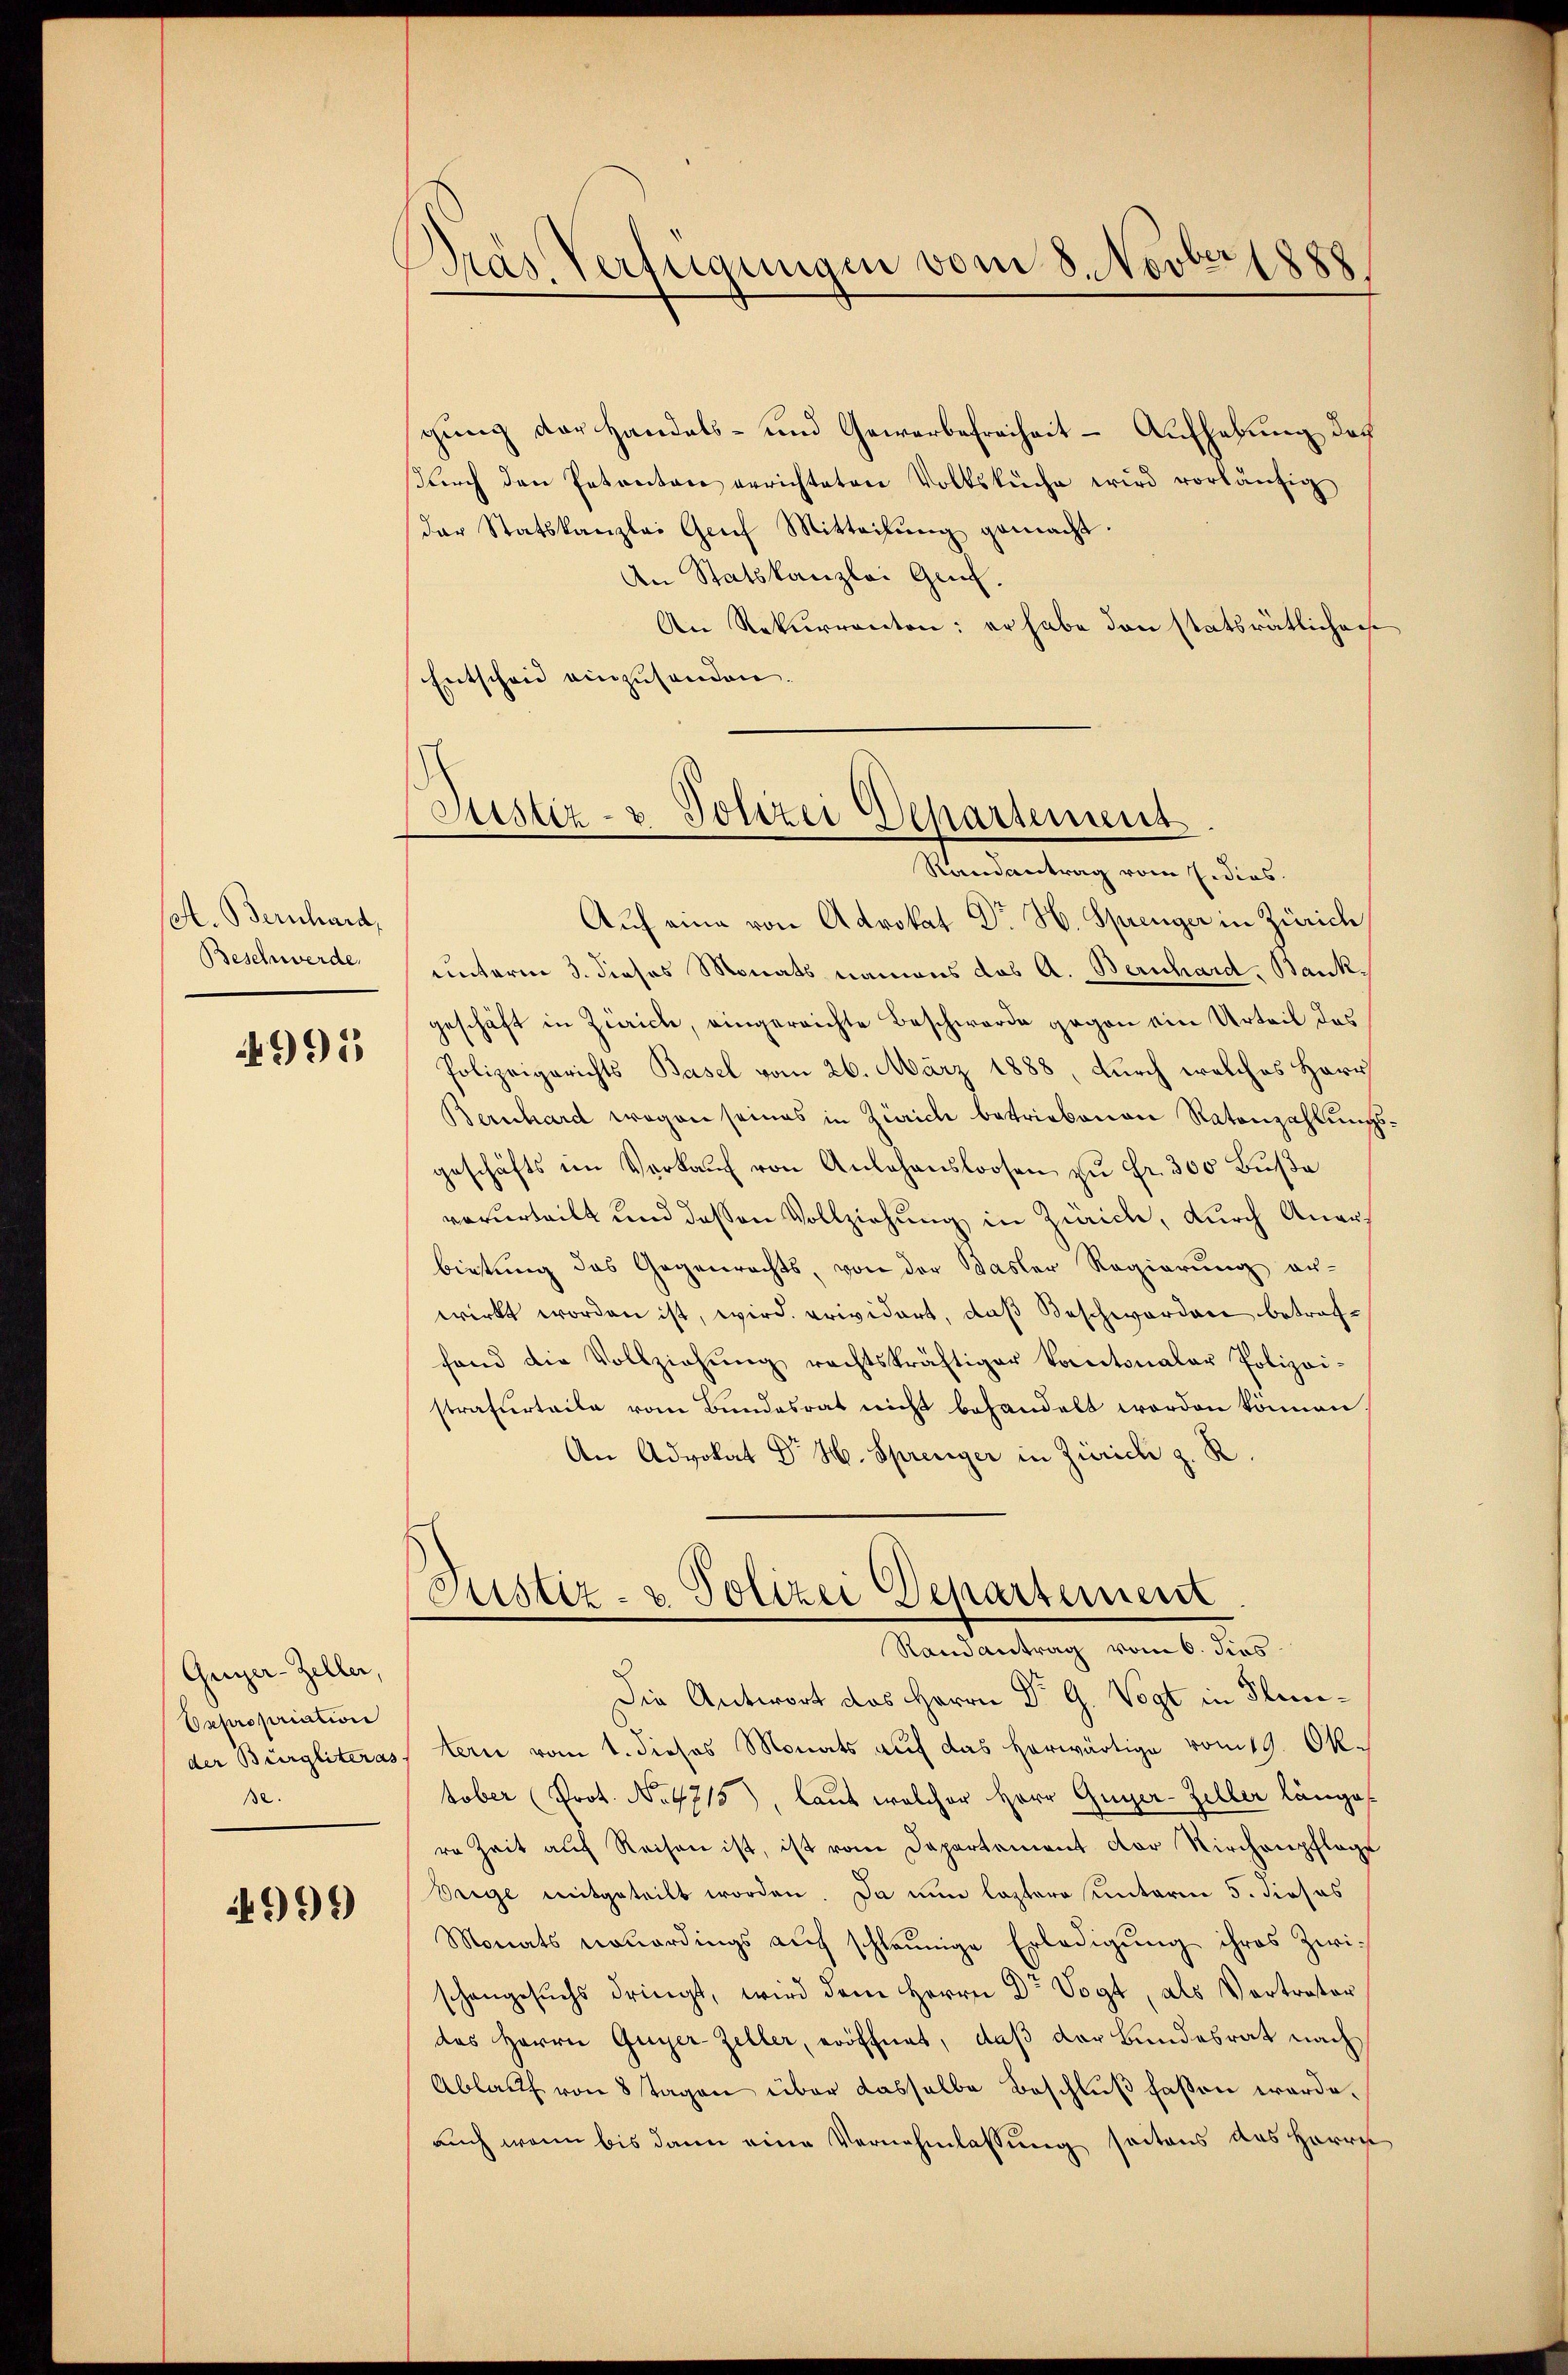
set. Bernhard,
Beschwerde.

4995

Greyer-Zeller,
Expropriation
ße.

4999

Dras Verfügungen vom 8. Novber 1888

gung der Handels- und Gewerbefreiheit - Aufhebung des
ŭrch den Petenten errichteten Volksküche wird vorläŭfig
der Statskanzlei Genf Mitteilŭng gemacht.
An Statskanzlei Genf.
An Rekurrenten: er habe den statsrätlichen
Entscheid einzusenden.
Auf eine von Advokat Dr. H. Sprenger in Zürich
unterm 3. dieses Monats namens das A. Bernhard. Bankgeschäft in Zürich, eingereichte Beschwerde gegen ein Urteil des
Polizeigerichts Basel vom 26. März 1888, durch welches Herr
Bernhard wegen seines in Zürich betriebenen Ratenzahlungs
geschäfts im Verkaŭf von Anlehensloosen zŭ fr. 300 Bŭβa
verurteilt und dessen Vollziehung in Zürich, durch Anerbietung des Gegenrechts, von der Basler Regierung er-
wirkt worden ist, wird prividert, daß Beschworden betreffand die Vollziehŭng rechtskräftiger Kantonalar Polizei-
strafurteile vom Bŭndesrat nicht behandelt worden können,
An Advokat Dr. H. Sprenger in Zürich z. R
.
Justiz- & Polizei Departement
Randantrag vom 6. dies
Die Antwort das Herrn Dr G. Vogt in Flunder Bürgliterastern vom 1. dieses Monats auf das herwärtige vom 19. Oktober (Prot. No 4715), laut welcher Herr Guyer-Zeller länge
re Zeit auf Reisen ist, ist vom Departement der Kirchenpflage
Vrige mitgeteilt worden. Da nun lastere unterm 5. dieses
Monats neuerdings aŭf schleunige Erledigŭng ihres Zwi-
schangesuchs dringt, wird dem Herrn Dr Vogt, als Vertrater
das Herrn Guyer Zeller, eröffnet, daß der Bundesrat nach
Ablauf von 8 Tagen über dasselbe Beschluß faßen werde.
auch wenn bis dann eine Vernehmlassung seitens des Herrn

Justiz- & Polizei Departement
Randantrag vom Eidies